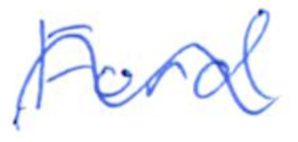
Text: Ford
Cross-out: mix
Writing tool: ballpoint